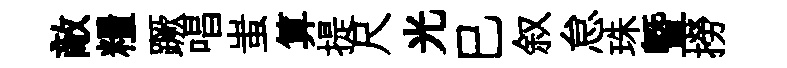
敵糧蹶唱蚩算提尺光巳叙怠珠曁撈